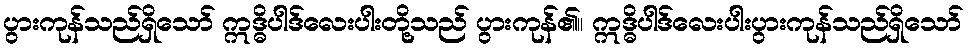
ပွားကုန်သည်ရှိသော် ဣဒ္ဓိပါဒ်လေးပါးတို့သည် ပွားကုန်၏။ ဣဒ္ဓိပါဒ်လေးပါးပွားကုန်သည်ရှိသော်